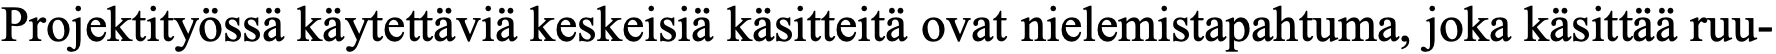
Projektityössä käytettäviä keskeisiä käsitteitä ovat nielemistapahtuma, joka käsittää ruu-